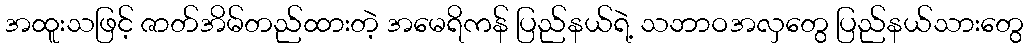
အထူးသဖြင့် ဇာတ်အိမ်တည်ထားတဲ့ အမေရိကန် ပြည်နယ်ရဲ့ သဘာဝအလှတွေ ပြည်နယ်သားတွေ